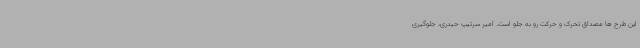
این طرح ها مصداق تحرک و حرکت رو به جلو است. امیر سرتیپ حیدری، جلوگیری